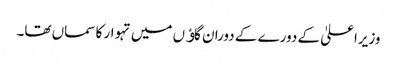
وزیراعلیٰ کے دورے کے دوران گاﺅں میں تہوار کا سماں تھا۔